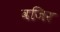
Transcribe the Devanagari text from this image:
वजिर